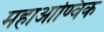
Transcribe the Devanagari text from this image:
महाआण्विक